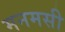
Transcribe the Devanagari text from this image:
मनमसी